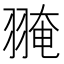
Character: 𦑎